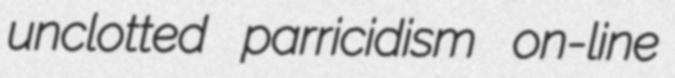
unclotted parricidism on-line